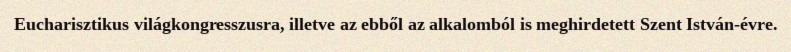
Eucharisztikus világkongresszusra, illetve az ebből az alkalomból is meghirdetett Szent István-évre.